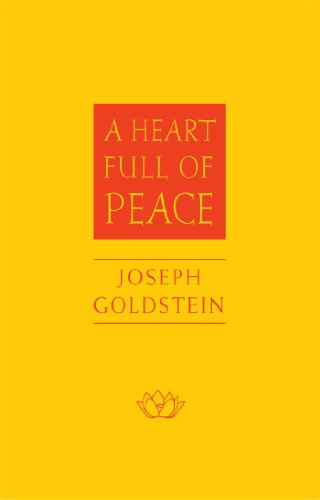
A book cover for A Heart Full of Peace; Joseph Goldstein; Religion & Spirituality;